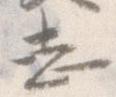
し